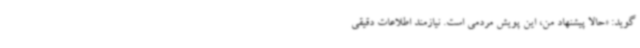
‌گوید: «حالا پیشنهاد من، این پویش مردمی است. نیازمند اطلاعات دقیقی